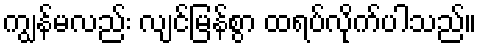
ကျွန်မလည်း လျင်မြန်စွာ ထရပ်လိုက်ပါသည်။